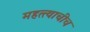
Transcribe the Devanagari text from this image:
महत्त्वाचीच